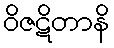
ဝိဇဋိတာနိ